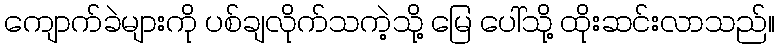
ကျောက်ခဲများကို ပစ်ချလိုက်သကဲ့သို့ မြေ ပေါ်သို့ ထိုးဆင်းလာသည်။